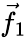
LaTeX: {\vec{f}}_{1}